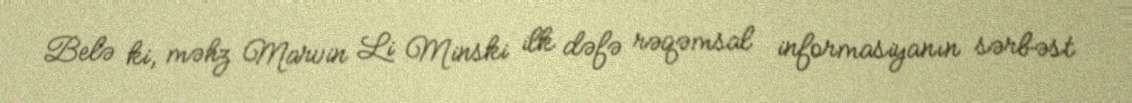
Belə ki, məhz Marvin Li Minski ilk dəfə rəqəmsal informasiyanın sərbəst